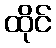
ထိုင်